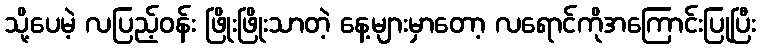
သို့ပေမဲ့ လပြည့်ဝန်း ဖြိုးဖြိုးသာတဲ့ နေ့များမှာတော့ လရောင်ကိုအကြောင်းပြုပြီး